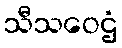
သီသဝေဌံ